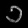
Digit: ၁